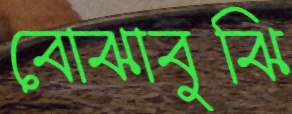
বোঝাবুঝি